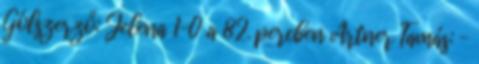
Gólszerző: Jelena 1–0 a 82. percben Artner Tamás: –